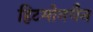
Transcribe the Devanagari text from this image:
हिटमोनचैन